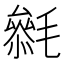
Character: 𣯺